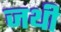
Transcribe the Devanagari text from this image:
जथी